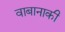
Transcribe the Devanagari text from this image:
वाबानाकी